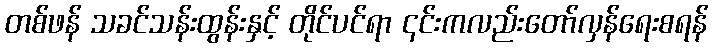
တစ်ဖန် သခင်သန်းထွန်းနှင့် တိုင်ပင်ရာ ၎င်းကလည်းတော်လှန်ရေးစရန်